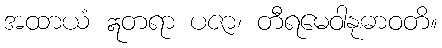
အထာယံ ဣတရာ ပဇာ၊ တီရမေဝါနုဓာဝတိ။